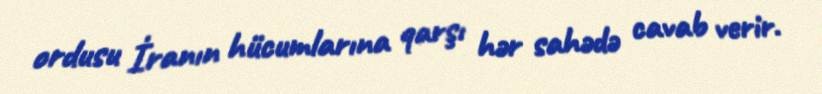
ordusu İranın hücumlarına qarşı hər sahədə cavab verir.